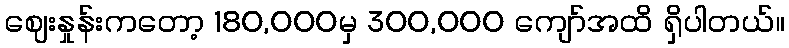
ဈေးနှုန်းကတော့ 180,000မှ 300,000 ကျော်အထိ ရှိပါတယ်။